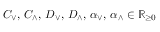
C _ { \vee } , \, C _ { \wedge } , \, D _ { \vee } , \, D _ { \wedge } , \, \alpha _ { \vee } , \, \alpha _ { \wedge } \in \mathbb { R } _ { \ge 0 }